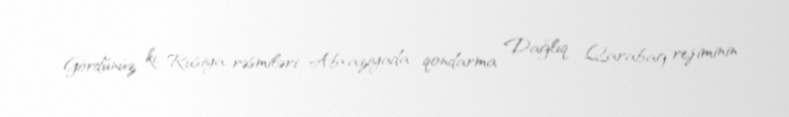
Gördünüz ki, Rusiya rəsmiləri Abxaziyada qondarma Dağlıq Qarabağ rejiminin